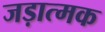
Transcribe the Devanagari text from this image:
जड़ात्मक